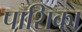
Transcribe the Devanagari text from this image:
पाशिका